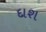
દાશ